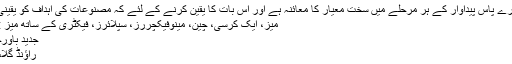
A: جی ہاں، ہمارے پاس پیداوار کے ہر مرحلے میں سخت معیار کا معائنہ ہے اور اس بات کا یقین کرنے کے لئے کہ مصنوعات کی اہداف کو یقینی بنانا ہے.
Hot Tags: میز، ایک کرسی، چین، مینوفیکچررز، سپلائرز، فیکٹری کے ساتھ میز
جدید باورچی ٹیبل سیٹ
راؤنڈ گلاس کافی سیٹ